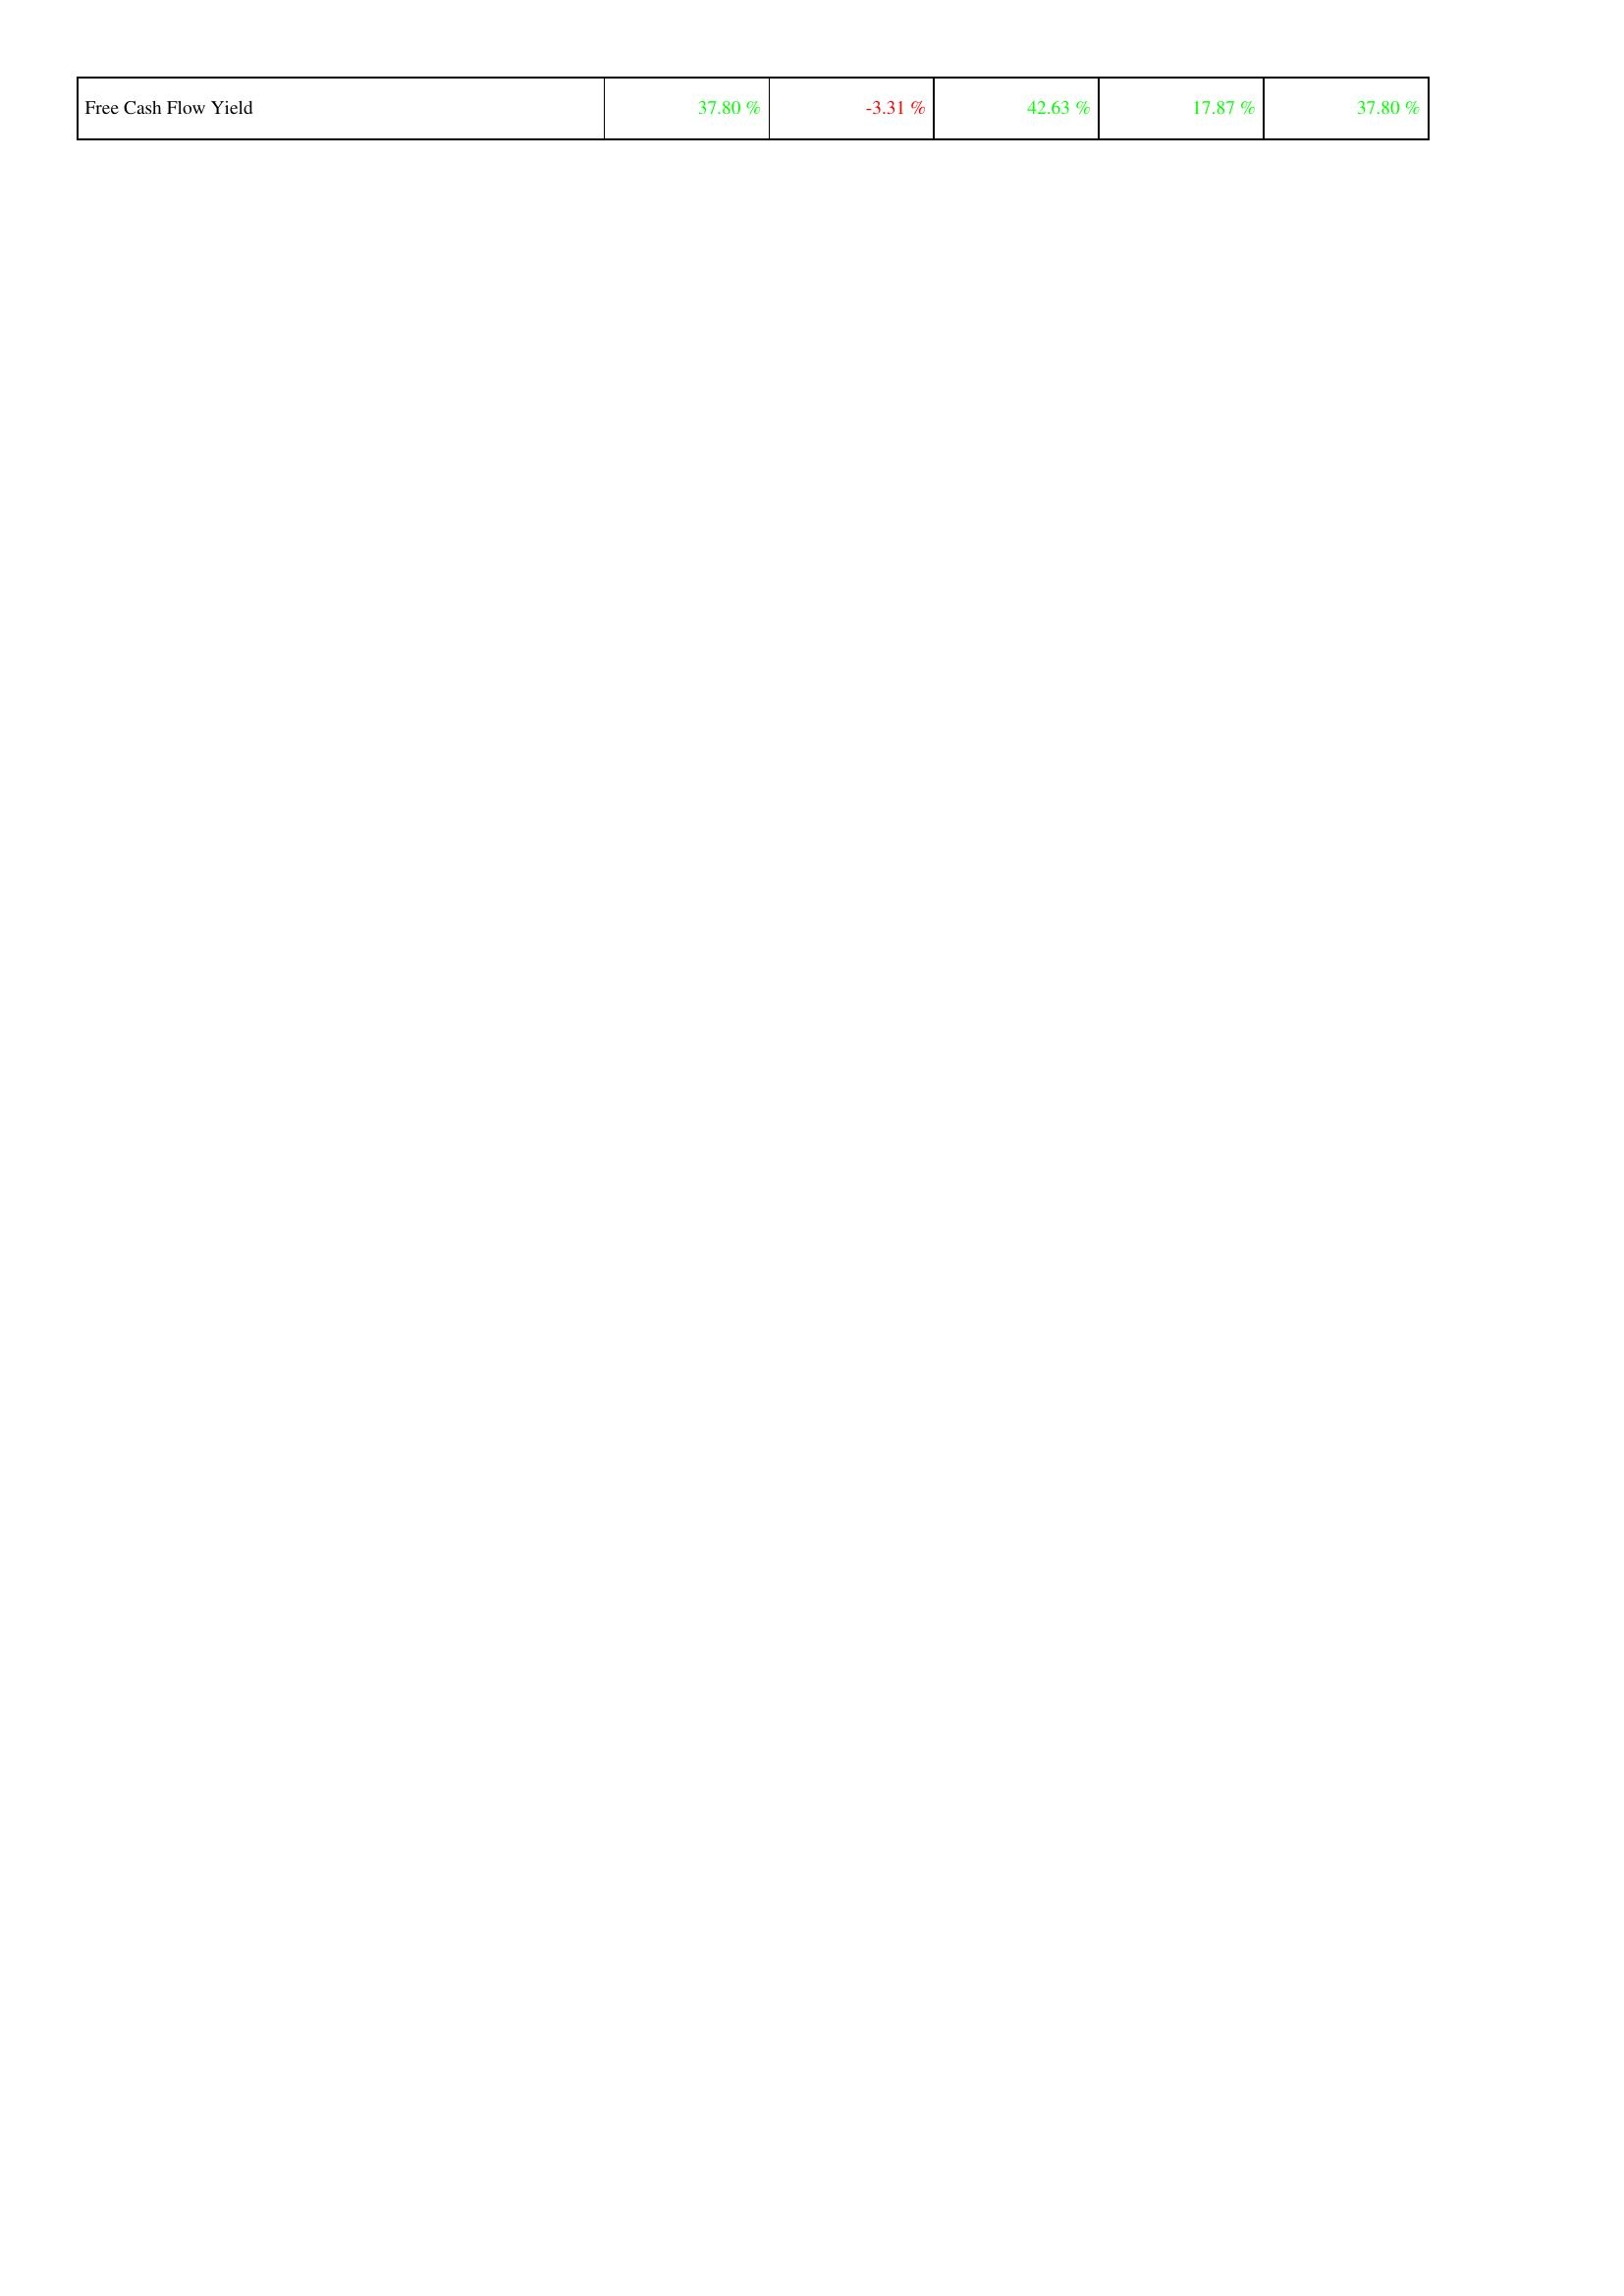
2019: Financing Activities: Free Cash Flow Yield: 37.80 %
2020: Financing Activities: Free Cash Flow Yield: -3.31 %
2021: Financing Activities: Free Cash Flow Yield: 42.63 %
2022: Financing Activities: Free Cash Flow Yield: 17.87 %
2023: Financing Activities: Free Cash Flow Yield: 37.80 %